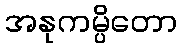
အနုကမ္ပိတော